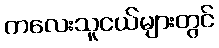
ကလေးသူငယ်များတွင်